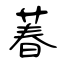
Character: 萶